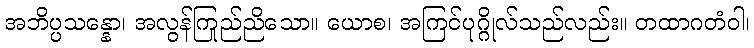
အဘိပ္ပသန္နော၊ အလွန်ကြည်ညိုသော။ ယောစ၊ အကြင်ပုဂ္ဂိုလ်သည်လည်း။ တထာဂတံဝါ၊